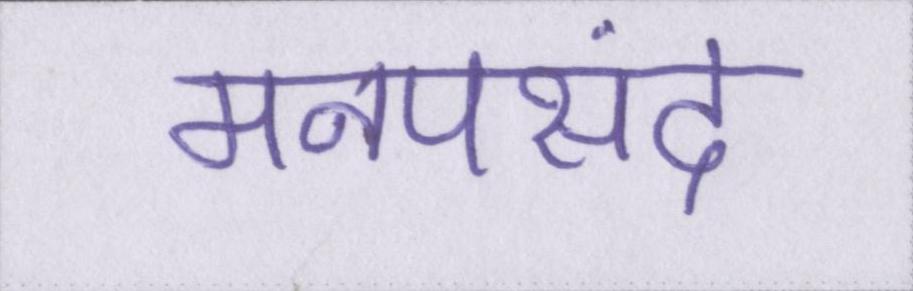
मनपसंद